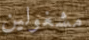
مشغولين